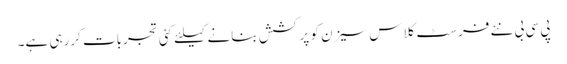
پی سی بی نئے فرسٹ کلاس سیزن کو پرکشش بنانے کیلئے کئی تجربات کررہی ہے۔